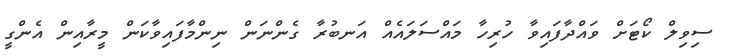
ސިވިލް ކޯޓަށް ވައްދާފައިވާ ހުރިހާ މައްސަލައެއް އަނބުރާ ގެންނަން ނިންމާފައިވާކަން މީރާއިން އެންގީ